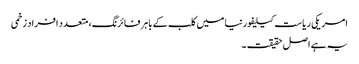
امریکی ریاست کیلیفورنیا میں کلب کے باہر فائرنگ، متعدد افراد زخمی
یہ ہے اصل حقیقت ۔